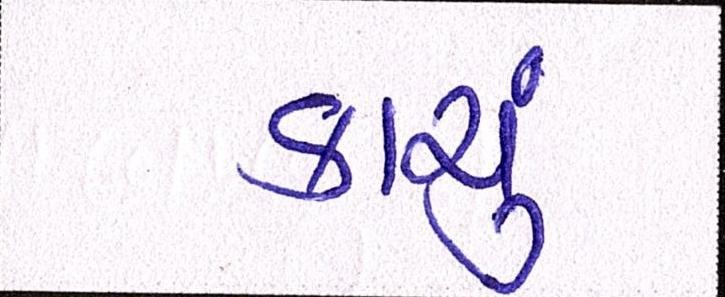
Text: કાચું